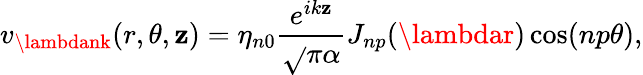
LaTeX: v_{\lambdank}(r,\theta,\mathbf{z})=\eta_{n0}\frac{{e^{ik\mathbf{z}}}}{{\sqrt{}{{\pi\alpha}}}}J_{np}(\lambdar)\cos(np\theta){,}